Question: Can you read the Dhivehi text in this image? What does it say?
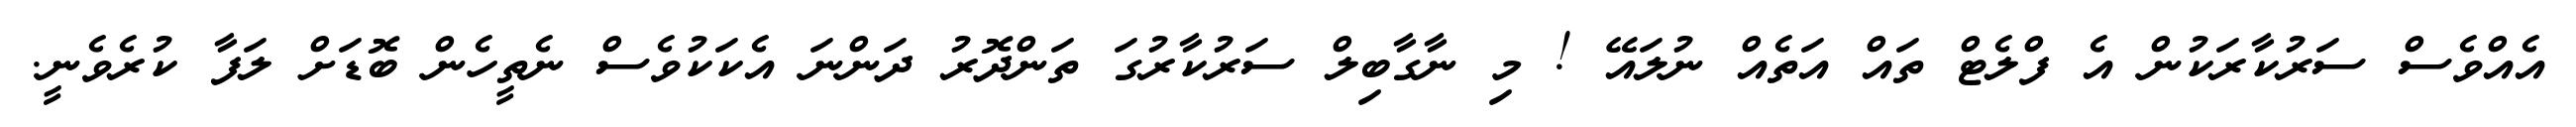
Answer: އެއްވެސް ސަރުކާރަކުން އެ ފްލެޓް ތައް އަތެއް ނުލައޭ ! މި ނާގާބިލް ސަރުކާރުގަ ތަންދޮރު ދަންނަ އެކަކުވެސް ނެތީހެން ބޮޑަށް ލަފާ ކުރެވެނީ.